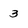
Character: 3